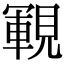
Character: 𧡡